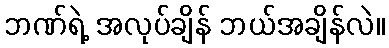
ဘဏ်ရဲ့ အလုပ်ချိန် ဘယ်အချိန်လဲ။